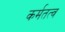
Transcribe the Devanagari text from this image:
कर्मतत्व